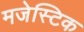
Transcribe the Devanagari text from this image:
मजेस्टिक